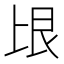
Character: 𰀏